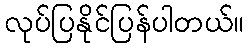
လုပ်ပြနိုင်ပြန်ပါတယ်။